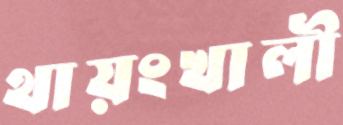
থায়ংখালী